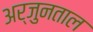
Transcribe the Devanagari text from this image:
अर्जुनताल